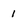
Character: 1